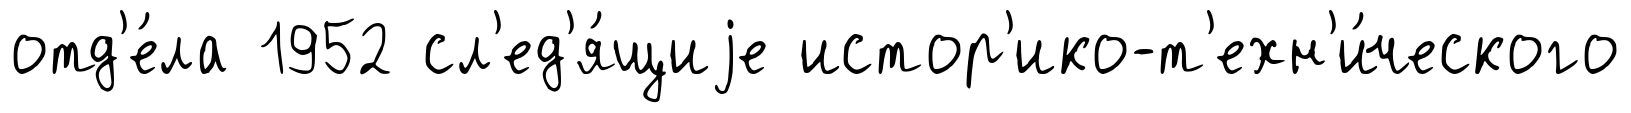
отд'е́ла 1952 сл'ед'я́щиjе истор'ико-т'ехн'и́ческого